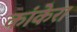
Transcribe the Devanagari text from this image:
कांकेरा